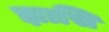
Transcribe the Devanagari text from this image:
झासि